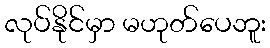
လုပ်နိုင်မှာ မဟုတ်ပေဘူး